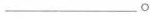
___